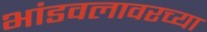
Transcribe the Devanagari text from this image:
भांडवलावरच्या